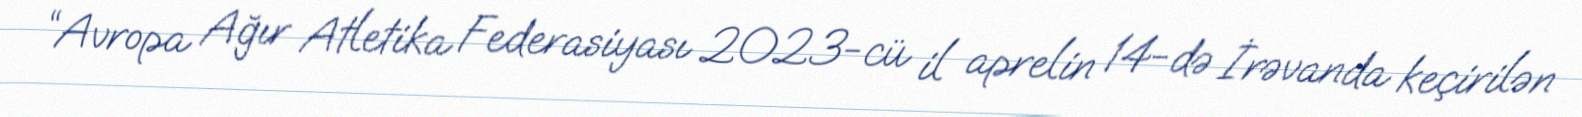
“Avropa Ağır Atletika Federasiyası 2023-cü il aprelin 14-də İrəvanda keçirilən